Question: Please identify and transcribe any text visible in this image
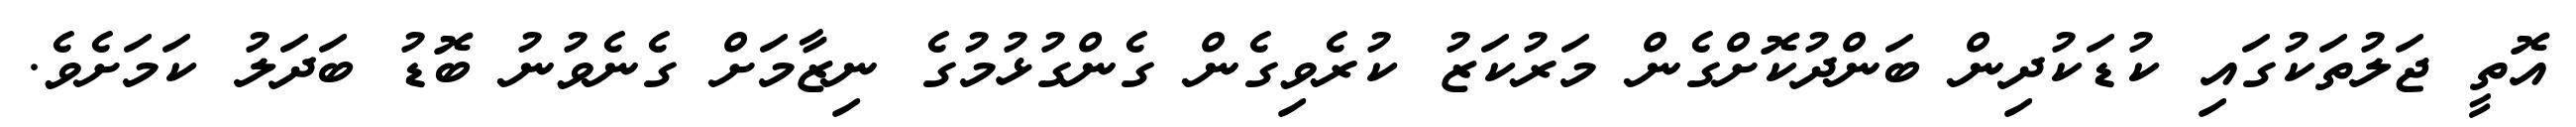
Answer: އޮތީ ޖަލުތަކުގައި ކުޑަކުދިން ބަންދުކޮށްގެން މަރުކަޒު ކުރެވިގެން ގެންގުޅުމުގެ ނިޒާމަށް ގެނެވުނު ބޮޑު ބަދަލު ކަމަށެވެ.